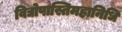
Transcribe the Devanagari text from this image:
विद्योपास्तिमहानिधि